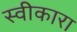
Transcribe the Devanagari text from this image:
स्‍वीकारा